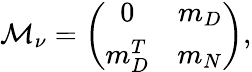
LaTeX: {\cal M}_{\nu}=\left(\begin{array}{cc}{{0}}&{{m_{D}}}\\ {{m_{D}^{T}}}&{{m_{N}}}\end{array}\right),